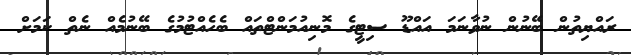
ރައްޔިތުން ބޭނުން ނުވާނަމަ އައްޑޫ ސިޓީގެ މޮނިއުމަންޓްތައް ބެހެއްޓުމުގެ ބޭނުމެއް ނެތް ކަމަށް